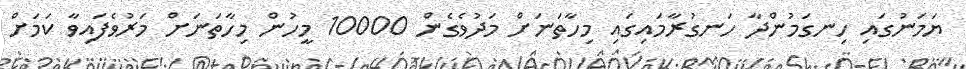
ޔަމަނުގައި ހިނގަމުންދާ ހަނގުރާމައިގައި މިހާތަނަށް މަދުވެގެން 10000 މީހުން މިހާތަނަށް މަރުވެފައިވާ ކަމަަށް